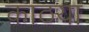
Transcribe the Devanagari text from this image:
काठया